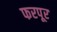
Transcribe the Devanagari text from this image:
फरपूर